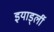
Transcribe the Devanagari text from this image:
इयार्ड्ली